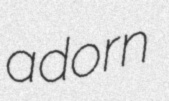
adorn